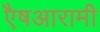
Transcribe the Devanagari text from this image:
एैषआरामी